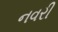
નવરી